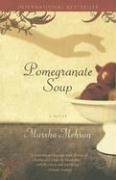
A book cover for Pomegranate Soup: A Novel; Marsha Mehran; Science Fiction & Fantasy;